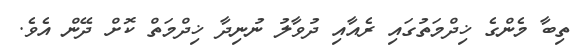
ތިބާ މެންގެ ޚިދްމަތުގައި ރެއާއި ދުވާލު ނުނިދާ ޚިދްމަތް ކޮށް ދޭން އެވެ.